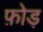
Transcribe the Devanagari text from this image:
फ़ोड़